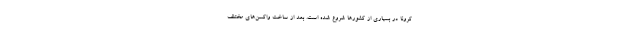
کرونا در بسیاری از کشور‌ها شروع شده است. بعد از ساخت واکسن‌های مختلف